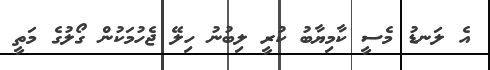
އެ ލަނޑު މެސީ ކާމިޔާބު ކުރީ ލިބުނު ހިލޭ ޖެހުމަކުން ގޯލުގެ މަތީ